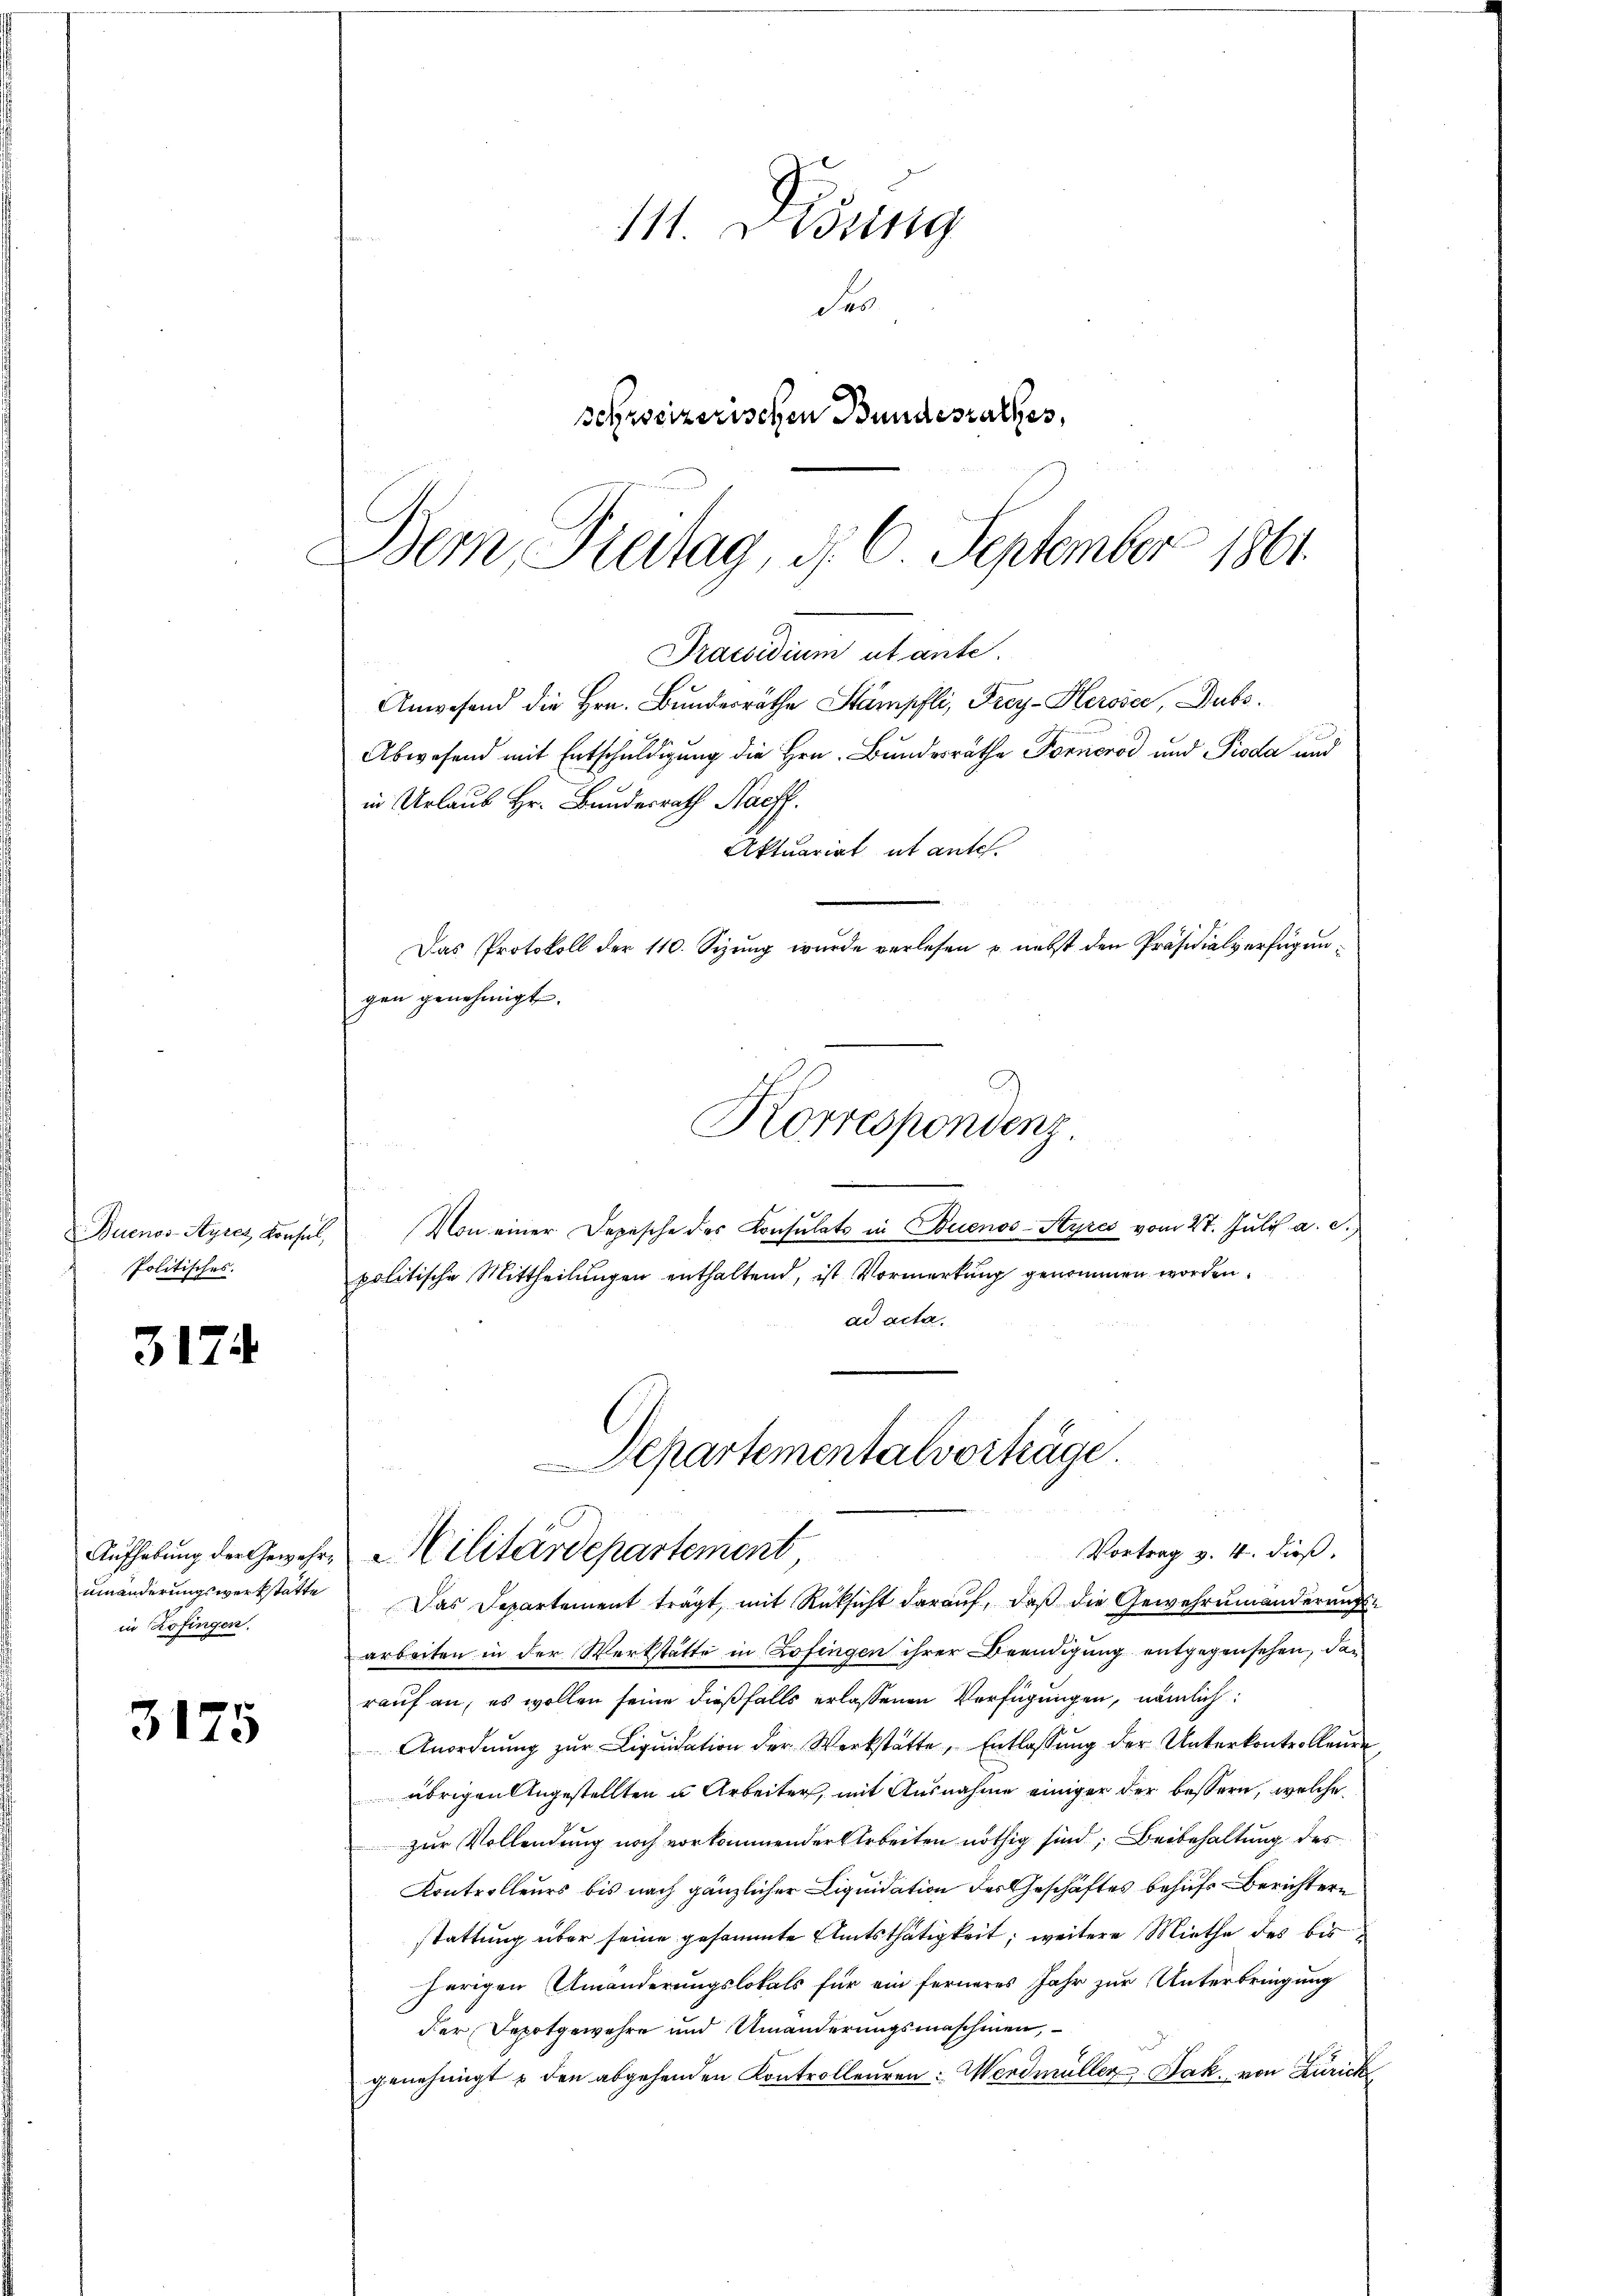
Politisches.

3174

in Zofingen.

3175

111. Didung
Fes
schweizerischen Bundesrathes,
Dem Freitag, d. 6. September 1861.

Praesidium ut ante.
Anwesend die Hrn. Bundesräthe Stämpfli, Frey-Herose, Dubs
Abwesend mit Entschuldigung die Hrn. Bundesräthe Forneros und Pioda und
in Urlaub Hr. Bundesrath Nachf
Aktuariat ut antel.
Das Protokoll der 110. Sizung wurde verlesen u. nebst den Präsidialverfügungen genehmigt.

Buenos Ayres Konsel, Von einer Depesche des Consulats in Buenos-Styres vom 27. Juli a. c.,
politische Mittheilungen enthaltend, ist Vormerkung genommen worden.
ad acta.

Korrespondenz.

arbeiten in der Werkstätte in Zofingen ihrer Beendigung entgegensehen, dan
rauf an, es wollen seine dießfalls erlassenen Verfügungen, nämlich
Anordnŭng zŭr Liqŭidation der Werkstätte, Entlassŭng der Unterkontrollende
übrigen Angestellten u. Arbeiter, mit Ausnahme einiger der bessern, welche
zur Vollendung noch vorkommender Arbeiten nöthig sind, Beibehaltung des
Kontrolleurs bis nach gänzlicher Liquidation des Geschäftes behufs Berichtern
stattung über seine gesammte Amtsthätigkeit; weitere Miethe des bis
herigen Umänderungslokals für ein ferneres Jahr zur Unterbringung
der Depotgewehre und Umänderungsmaschinen,
genehmigt & den abgehenden Kontrolleuren: Werdmüller Jak. von Zürich

Departementalvorträge.
Vortrag v. 4. dieß,
Aufhebung der Gewehre Militärdepartement
umänderungswerkstätte. Das Departement trägt, mit Rücksicht darauf, daß die Gewehrumänderungs¬